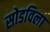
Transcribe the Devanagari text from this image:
सोडविला